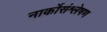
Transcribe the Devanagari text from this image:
नार्कोसंश्लेषण